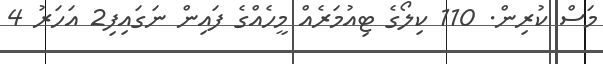
މަސް ކުރިން. 110 ކިލޯގެ ޓިއުމަރެއް މީހެއްގެ ފައިން ނަގައިފި2 އަހަރު 4